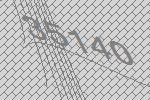
35140